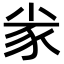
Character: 𡭷